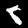
Digit: 8